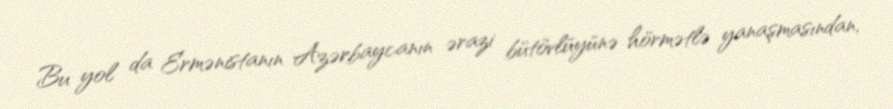
Bu yol da Ermənistanın Azərbaycanın ərazi bütövlüyünə hörmətlə yanaşmasından,